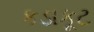
કડાકૂટ